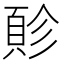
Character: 䪾